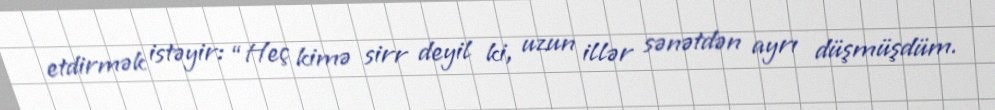
etdirmək istəyir: “Heç kimə sirr deyil ki, uzun illər sənətdən ayrı düşmüşdüm.